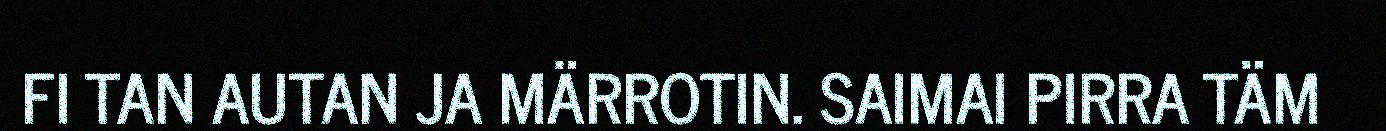
FI TAN AUTAN JA MÄRROTIN. SAIMAI PIRRA TÄM